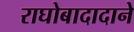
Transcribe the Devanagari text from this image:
राघोबादादाने